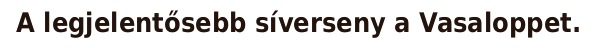
A legjelentősebb síverseny a Vasaloppet.